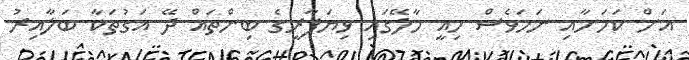
އަށް ކަމަށާއި ނަމަވެސް މިއީ މާލޭގައި ވިޔަފާރީގެ ބިންތައް ދޭ އަގުތަކާ ބަލާއިރު